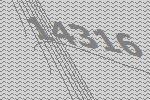
14316